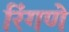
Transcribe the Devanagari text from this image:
रिंगणे